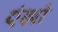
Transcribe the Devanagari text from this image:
एंझो